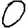
Digit: 0